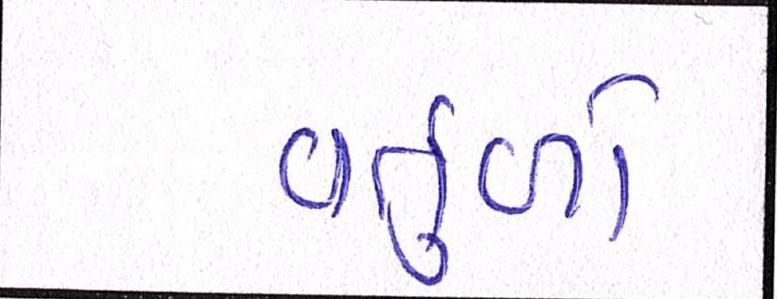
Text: વર્તુળો